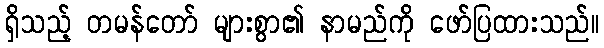
ရှိသည့် တမန်တော် များစွာ၏ နာမည်ကို ဖော်ပြထားသည်။